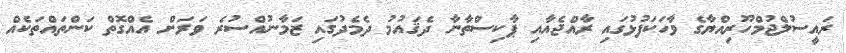
ރައީސުލްޖުމްހޫރިއްޔާގެ ވާހަކަފުޅުގައި ރާއްޖެއާއި ޕާކިސްތާނާ ދެޤައުމު ދެމެދުގައި ޒަމާނުއްސުރެ ވަރަށް އެއްގޮތް ކަންތައްތަކެއް